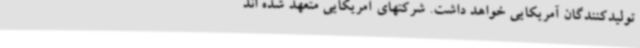
تولیدکنندگان آمریکایی خواهد داشت. شرکتهای آمریکایی متعهد شده اند